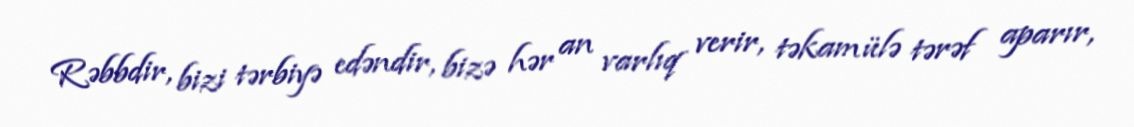
Rəbbdir, bizi tərbiyə edəndir, bizə hər an varlıq verir, təkamülə tərəf aparır,